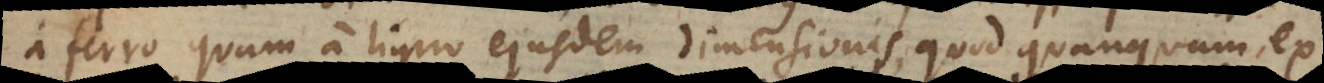
a ferro quam a ligno ejusdem dimensionis, quod quanquam ex